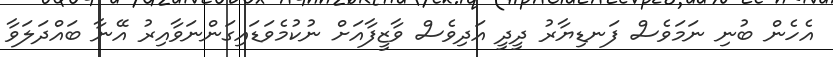
އެހެން ބުނި ނަމަވެސް ފަނޑިޔާރު ދީދީ އަދިވެސް ވާޒީފާއަށް ނުކުމެވަޑައިގަންނަވާއިރު އޭނާ ބައްދަލަވާ